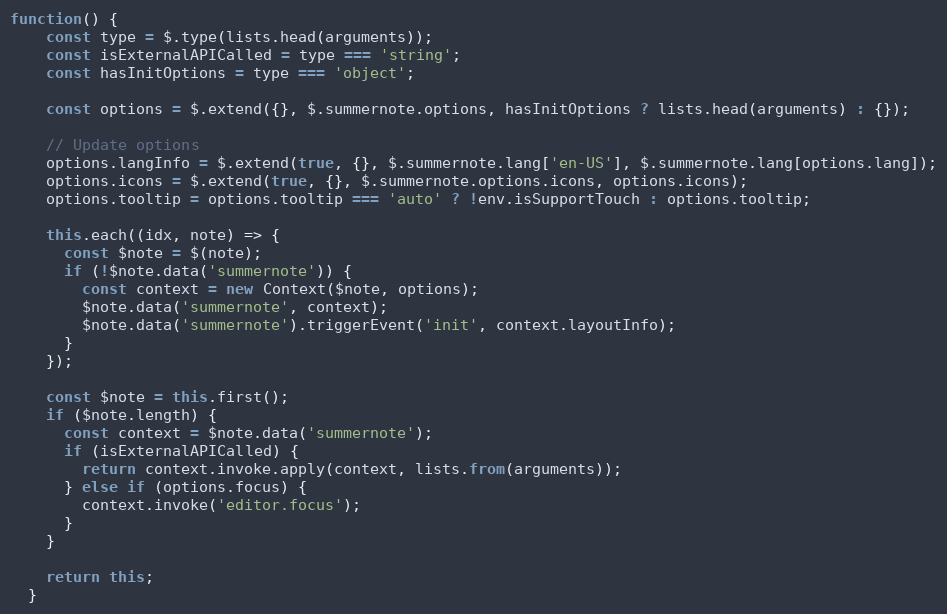
Language: JavaScript
function() {
    const type = $.type(lists.head(arguments));
    const isExternalAPICalled = type === 'string';
    const hasInitOptions = type === 'object';

    const options = $.extend({}, $.summernote.options, hasInitOptions ? lists.head(arguments) : {});

    // Update options
    options.langInfo = $.extend(true, {}, $.summernote.lang['en-US'], $.summernote.lang[options.lang]);
    options.icons = $.extend(true, {}, $.summernote.options.icons, options.icons);
    options.tooltip = options.tooltip === 'auto' ? !env.isSupportTouch : options.tooltip;

    this.each((idx, note) => {
      const $note = $(note);
      if (!$note.data('summernote')) {
        const context = new Context($note, options);
        $note.data('summernote', context);
        $note.data('summernote').triggerEvent('init', context.layoutInfo);
      }
    });

    const $note = this.first();
    if ($note.length) {
      const context = $note.data('summernote');
      if (isExternalAPICalled) {
        return context.invoke.apply(context, lists.from(arguments));
      } else if (options.focus) {
        context.invoke('editor.focus');
      }
    }

    return this;
  }